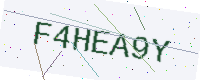
Text: F4HEA9Y